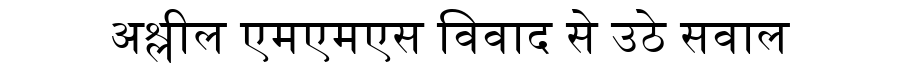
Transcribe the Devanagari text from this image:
अश्लील एमएमएस विवाद से उठे सवाल